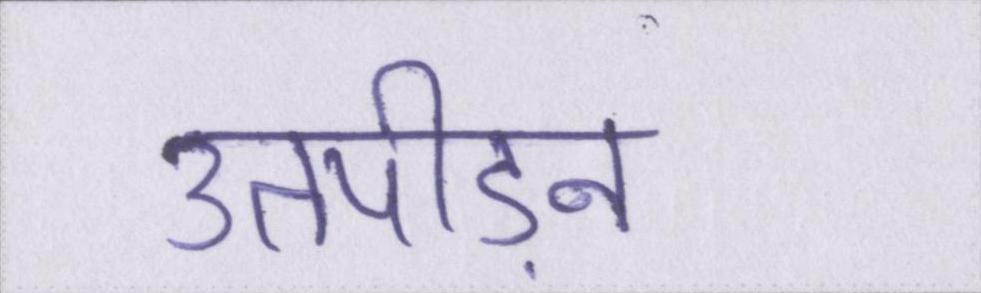
उतपीड़न